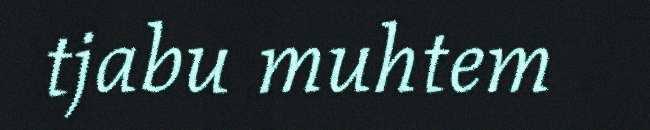
tjabu muhtem